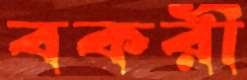
বকরী